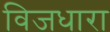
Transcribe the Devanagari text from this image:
विजधारा